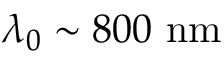
\lambda _ { 0 } \sim 8 0 0 \ \mathrm { n m }